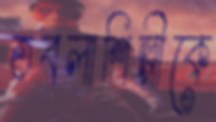
তবলাশিল্পীকে